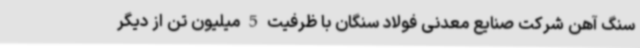
سنگ آهن شرکت صنایع معدنی فولاد سنگان با ظرفیت 5 میلیون تن از دیگر